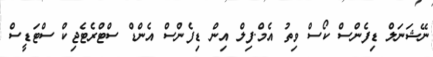
ނޭޝަނަލް ޑިފެންސް ކޯސް ވިތު އެމް.ފިލް އިން ޑިފެންސް އެންޑް ސްޓްރެޓެޖިކް ސްޓަޑީސް